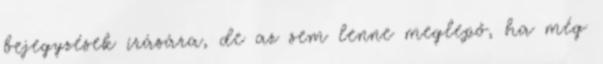
bejegyzések írására, de az sem lenne meglepő, ha még